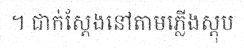
។ ជាក់ស្តែងនៅតាមភ្លើងស្តុប